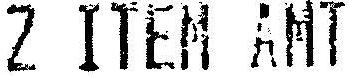
Z ITEM AMT